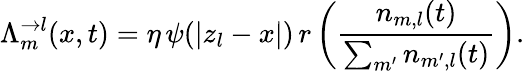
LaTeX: \Lambda_{m}^{\rightarrow l}(x,t)=\eta\, \psi(|z_{l}-x|)\, r\left(\frac{n_{m,l}(t)}{\sum_{m^{\prime}}n_{m^{\prime},l}(t)}\right).